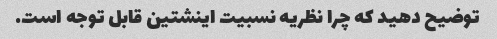
توضیح دهید که چرا نظریه نسبیت اینشتین قابل توجه است.